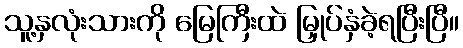
သူ့နှလုံးသားကို မြေကြီးထဲ မြှုပ်နှံခဲ့ရပြီးပြီ။